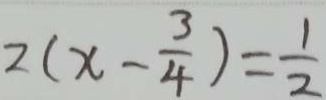
2 ( x - \frac { 3 } { 4 } ) = \frac { 1 } { 2 }